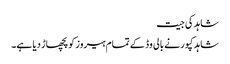
شاہد کی جیت
شاہد کپور نے بالی وڈ کے تمام ہیروز کو پچھاڑ دیا ہے۔